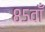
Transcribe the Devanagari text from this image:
८५वाँ